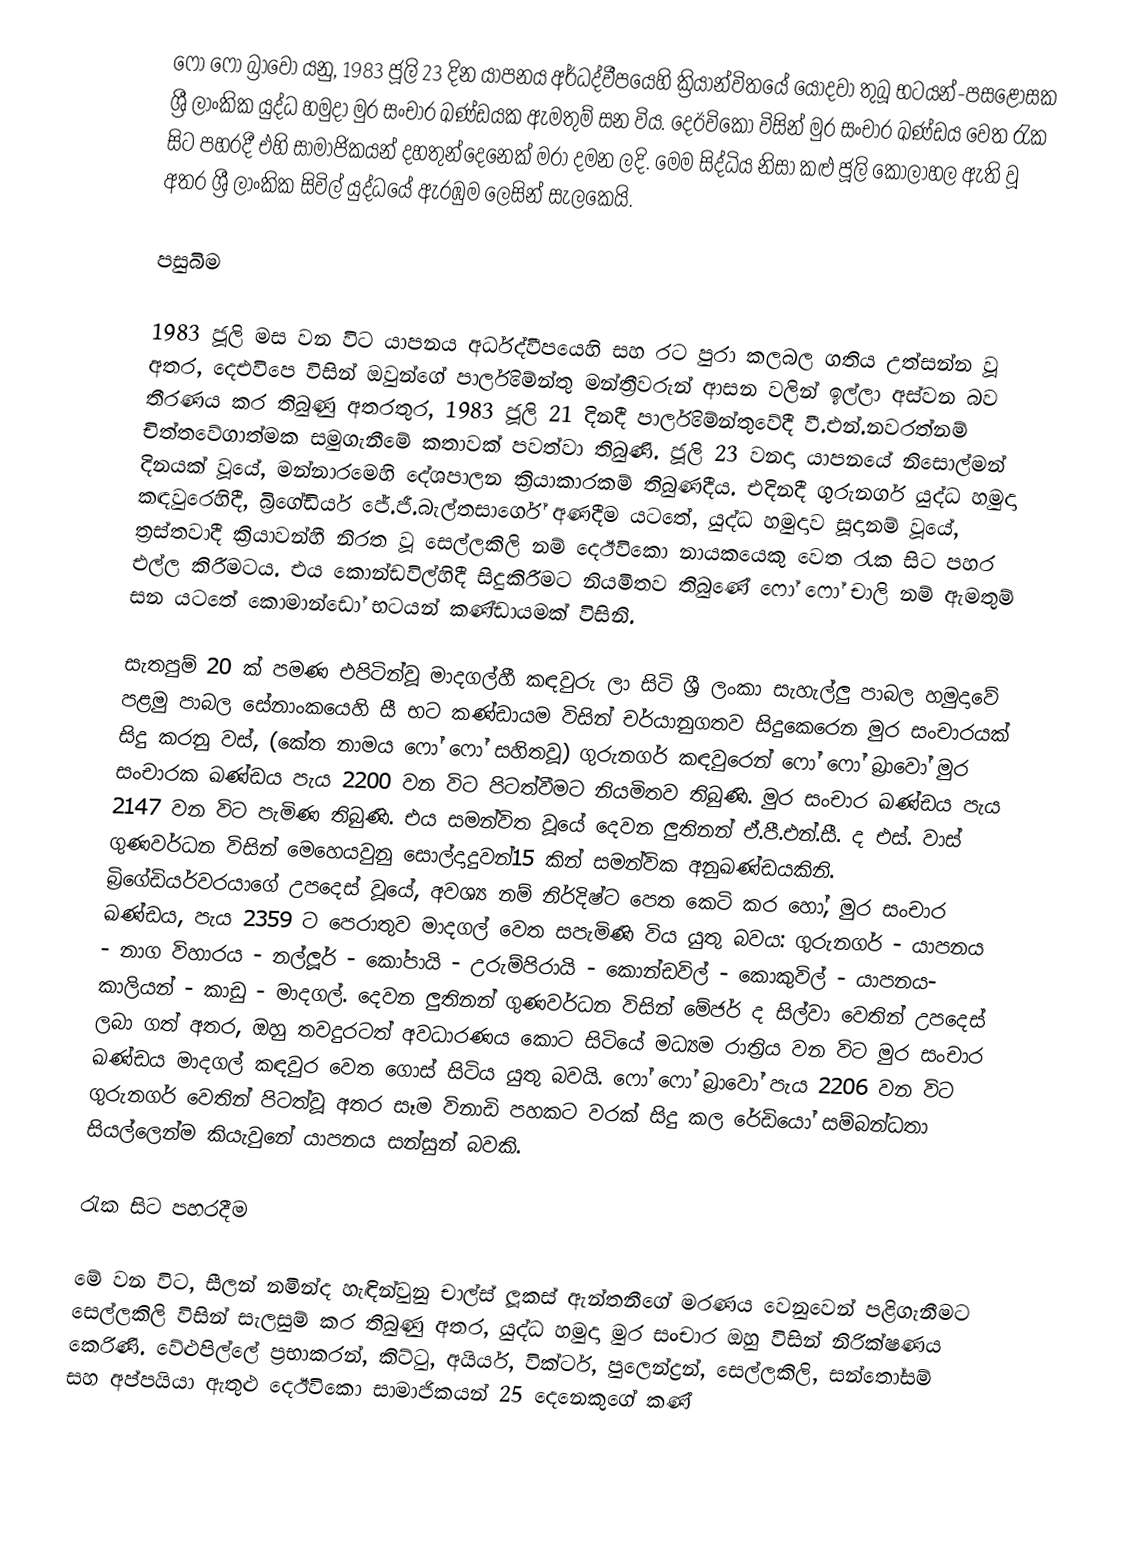
ෆෝ ෆෝ බ්‍රාවෝ යනු, 1983 ජූලි 23 දින යාපනය අර්ධද්වීපයෙහි ක්‍රියාන්විතයේ යොදවා තුබූ භටයන්-පසළොසක  ශ්‍රී ලාංකික යුද්ධ හමුදා මුර සංචාර ඛණ්ඩයක ඇමතුම් සන විය. දෙඊවිකො විසින්  මුර සංචාර ඛණ්ඩය වෙත රැක සිට පහරදී එහි සාමාජිකයන් දහතුන්දෙනෙක් මරා දමන ලදි. මෙම සිද්ධිය නිසා කළු ජූලි කෝලාහල ඇති වූ අතර  ශ්‍රී ලාංකික සිවිල් යුද්ධයේ ඇරඹුම ලෙසින් සැලකෙයි.

පසුබිම

1983 ජූලි මස වන විට යාපනය අර්ධද්වීපයෙහි සහ රට පුරා කලබල ගතිය උත්සන්න වූ අතර, දෙඑවිපෙ විසින් ඔවුන්ගේ පාර්ලිමේන්තු මන්ත්‍රීවරුන්  ආසන වලින් ඉල්ලා අස්වන බව තීරණය කර තිබුණු අතරතුර,   1983 ජූලි 21 දිනදී පාර්ලිමේන්තුවේදී වී.එන්.නවරත්නම් චිත්තවේගාත්මක සමුගැනීමේ කතාවක් පවත්වා තිබුණි. ජූලි 23 වනදා යාපනයේ නිසොල්මන් දිනයක් වූයේ, මන්නාරමෙහි දේශපාලන ක්‍රියාකාරකම් තිබුණදීය. එදිනදී ගුරුනගර් යුද්ධ හමුදා කඳවුරෙහිදී, බ්‍රිගේඩියර් ජේ.ජී.බැල්තසාර්ගේ අණදීම යටතේ, යුද්ධ හමුදාව සූදානම් වූයේ, ත්‍රස්තවාදී ක්‍රියාවන්හී නිරත වූ  සෙල්ලකිලි නම් දෙඊවිකො නායකයෙකු වෙත රැක සිට පහර එල්ල කිරීමටය. එය කොන්ඩවිල්හිදී සිදුකිරීමට නියමිතව තිබුණේ  ෆෝ ෆෝ චාලි නම් ඇමතුම් සන යටතේ කොමාන්ඩෝ භටයන් කණ්ඩායමක් විසිනි.

සැතපුම් 20 ක් පමණ එපිටින්වූ මාදගල්හී කඳවුරු ලා සිටි ශ්‍රී ලංකා සැහැල්ලු පාබල හමුදාවේ පළමු පාබල සේනාංකයෙහි සී  භට කණ්ඩායම විසින් චර්යානුගතව සිදුකෙරෙන මුර සංචාරයක් සිදු කරනු වස්,  (කේත නාමය  ෆෝ ෆෝ සහිතවූ) ගුරුනගර් කඳවුරෙන් ෆෝ ෆෝ බ්‍රාවෝ මුර සංචාරක ඛණ්ඩය පැය 2200 වන විට පිටත්වීමට නියමිතව තිබුණි. මුර සංචාර ඛණ්ඩය පැය 2147 වන විට පැමිණ තිබුණි. එය සමන්විත වූයේ දෙවන ලුතිනන් ඒ.පී.එන්.සී. ද එස්. වාස් ගුණවර්ධන විසින් මෙහෙයවුනු සොල්දාදුවන්15 කින් සමන්වික අනුඛණ්ඩයකිනි. බ්‍රිගේඩියර්වරයාගේ උපදෙස් වූයේ,  අවශ්‍ය නම් නිර්දිෂ්ට පෙත කෙටි කර හෝ,   මුර සංචාර ඛණ්ඩය, පැය 2359 ට පෙරාතුව මාදගල් වෙත සපැමිණි විය යුතු බවය: ගුරුනගර් - යාපනය - නාග විහාරය - නල්ලූර් - කෝපායි - උරුම්පිරායි - කොන්ඩවිල් - කොකුවිල් - යාපනය- කාලියන් - කාඩු - මාදගල්. දෙවන ලුතිනන් ගුණවර්ධන විසින් මේජර් ද සිල්වා වෙතින් උපදෙස් ලබා ගත් අතර, ඔහු තවදුරටත් අවධාරණය කොට සිටියේ මධ්‍යම රාත්‍රිය වන විට මුර සංචාර ඛණ්ඩය මාදගල් කඳවුර වෙත ගොස් සිටිය යුතු බවයි. ෆෝ ෆෝ බ්‍රාවෝ පැය 2206 වන විට ගුරුනගර් වෙතින් පිටත්වූ අතර සෑම විනාඩි පහකට  වරක් සිදු කල රේඩියෝ සම්බන්ධතා සියල්ලෙන්ම කියැවුනේ යාපනය සන්සුන් බවකි.

රැක සිට පහරදීම

මේ වන විට,  සීලන් නමින්ද හැඳින්වුනු   චාල්ස් ලූකස් ඇන්තනීගේ මරණය  වෙනුවෙන් පළිගැනීමට සෙල්ලකිලි විසින් සැලසුම් කර තිබුණු අතර, යුද්ධ හමුදා මුර සංචාර ඔහු විසින් නිරික්ෂණය කෙරිණි. වේළුපිල්ලේ ප‍්‍රභාකරන්, කිට්ටු, අයියර්, වික්ටර්, පුලෙන්ද්‍රන්, සෙල්ලකිලි, සන්තෝසම් සහ අප්පයියා ඇතුළු දෙඊවිකො සාමාජිකයන් 25 දෙනෙකුගේ කණ්